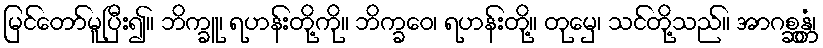
မြင်တော်မူပြီး၍။ ဘိက္ခူ၊ ရဟန်းတို့ကို။ ဘိက္ခဝေ၊ ရဟန်းတို့။ တုမှေ၊ သင်တို့သည်။ အာဂစ္ဆန္တံ၊